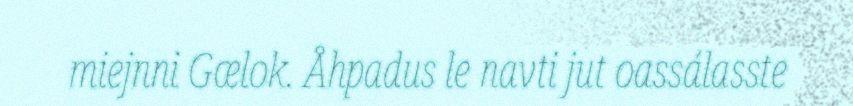
miejnni Gælok. Åhpadus le navti jut oassálasste